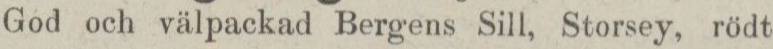
God och välpackad Bergens Sill, Storsey, rödt